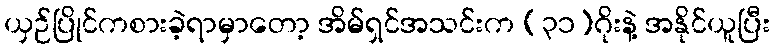
ယှဉ်ပြိုင်ကစားခဲ့ရာမှာတော့ အိမ်ရှင်အသင်းက (၃၁)ဂိုးနဲ့ အနိုင်ယူပြီး